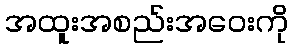
အထူးအစည်းအဝေးကို